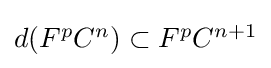
{\textstyle d(F^{p}C^{n})\subset F^{p}C^{n+1}}